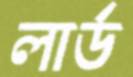
লার্ড